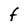
Character: F